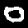
Digit: 0